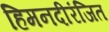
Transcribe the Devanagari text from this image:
हिमनदीरंजित